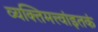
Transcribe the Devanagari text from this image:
व्यक्तिमत्त्वांइतकं